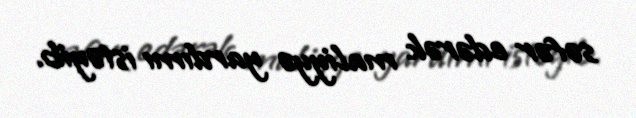
səfər edərək maliyyə yardımı istəyib.